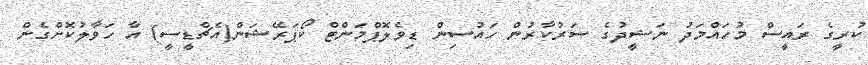
ކުރީގެ ރައީސް މުހައްމަދު ނަޝީދުގެ ސަރުކާރުން ހައުސިން ޑިވެލޮޕްމަންޓް ކޯޕަރޭޝަން(އެޗްޑީސީ) އާ ހަވާލުކޮށްގެން